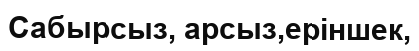
Сабырсыз, арсыз,еріншек,